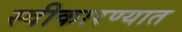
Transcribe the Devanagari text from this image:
स्‍वीकारण्‍यात